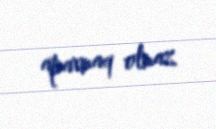
aparmaq olmaz.